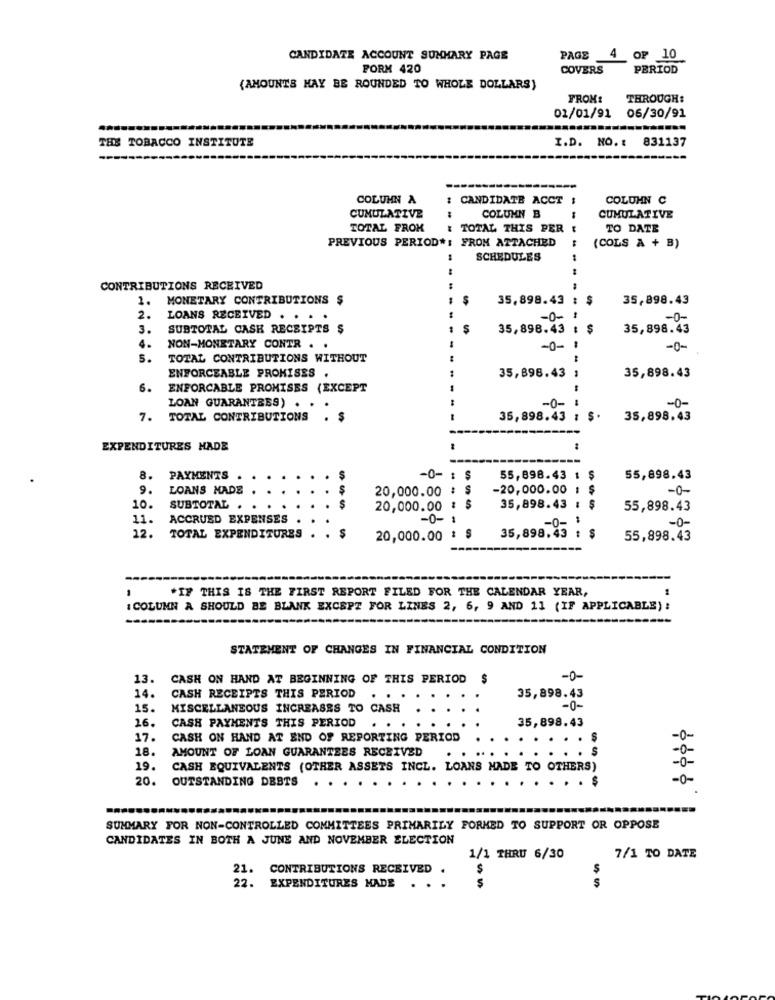
CANDIDATE ACCOUNT SUMMARY PAGE
PAGE
4 OP 10
FORM 420
COVERS
PERIOD
(AMOUNTS MAY BE ROUNDED TO WHOLE DOLLARS)
FROM:
THROUGH:
01/01/91 06/30/91
THE TOBACCO INSTITUTE
I.D. NO.
831137
COLUMN A
: CANDIDATE ACCT
COLUHN C
CUMULATIVE
COLUMN B
CUMULATIVE
TOTAL FROM
& TOTAL THIS PER
TO DATE
PREVIOUS PERIOD *: FROM ATTACHED
(COLS A + B)
SCHEDULES
CONTRIBUTIONS RECEIVED
1. MONETARY CONTRIBUTIONS $
35,898.43
$
35,898.43
2.
LOANS RECEIVED . . . .
-0-
-0-
3.
SUBTOTAL CASH RECEIPTS $
35,898.43
$
35,898.43
-
4.
NON-MONETARY CONTR . .
-0-
-0-
5.
TOTAL CONTRIBUTIONS WITHOUT
ENFORCEABLE PROMISES .
35,896.43 1
35,898.43
6.
ENFORCABLE PROMISES (EXCEPT
LOAN GUARANTEES) .
-0-
-0-
7. TOTAL CONTRIBUTIONS . $
35,898.43 ; $.
35,898.43
EXPENDITURES HADE
---------
8.
PAYMENTS
-0-
55,898.43 1
S
55,898.43
9.
LOANS MADE
$
20,000.00
-20,000.00
-0-
S
10.
SUBTOTAL .
20,000.00 %
35,898.43
55,898.43
11.
ACCRUED EXPENSES
-0-
-0-
-0-
12.
TOTAL EXPENDITURES
20,000.00 : $
35,898.43 : $
55,898.43
"IF THIS IS THE FIRST REPORT FILED FOR THE CALENDAR YEAR,
{COLUMN A SHOULD BE BLANK EXCEPT FOR LINES 2, 6, 9 AND 11 (IF APPLICABLE) :
STATEMENT OF CHANGES IN FINANCIAL CONDITION
13.
CASH ON HAND AT BEGINNING OF THIS PERIOD $
-0-
14.
CASH RECEIPTS THIS PERIOD
35,898.43
15.
MISCELLANEOUS INCREASES TO CASH
-0-
26.
35,898.43
CASH PAYMENTS THIS PERIOD . . .
17.
CASH ON HAND AT END OF REPORTING PERIOD
-0-
18.
AMOUNT OF LOAN GUARANTEES RECEIVED
S
-0-
-0-
19.
CASH EQUIVALENTS (OTHER ASSETS INCL. LOANS HADE TO OTHERS)
20.
OUTSTANDING DEBTS
-0-
SUMMARY FOR NON-CONTROLLED COMMITTEES PRIMARILY FORMED TO SUPPORT OR OPPOSE
CANDIDATES IN BOTH A JUNE AND NOVEMBER ELECTION
1/1 THRU 6/30
7/1 TO DATE
21.
CONTRIBUTIONS RECEIVED .
$
22.
$
EXPENDITURES HADE . .
$